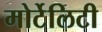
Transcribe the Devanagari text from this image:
मोर्टेलिटी